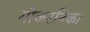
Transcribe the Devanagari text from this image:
गोकरनिका